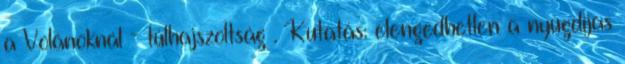
a Volánoknál - túlhajszoltság . Kutatás: elengedhetlen a nyugdíjas